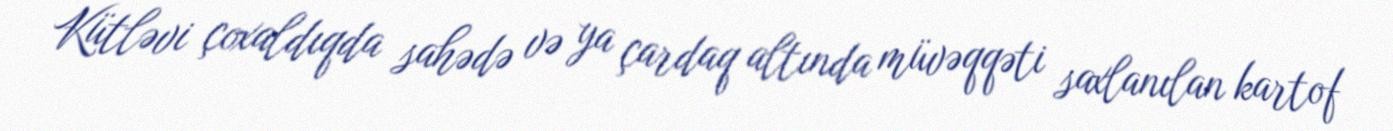
Kütləvi çoxaldıqda sahədə və ya çardaq altında müvəqqəti saxlanılan kartof